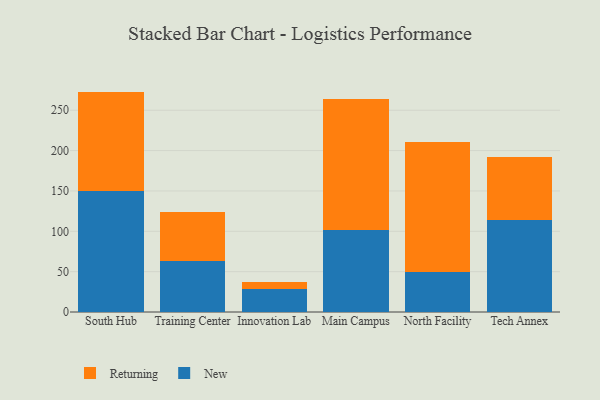
{"axis": {"x": "Campus", "y": "Gross Profit (USD K)"}, "legend": ["New", "Returning"], "data": [{"x": "South Hub", "y": 150.1, "type": "New"}, {"x": "South Hub", "y": 123.0, "type": "Returning"}, {"x": "Training Center", "y": 63.6, "type": "New"}, {"x": "Training Center", "y": 60.9, "type": "Returning"}, {"x": "Innovation Lab", "y": 28.5, "type": "New"}, {"x": "Innovation Lab", "y": 8.9, "type": "Returning"}, {"x": "Main Campus", "y": 101.8, "type": "New"}, {"x": "Main Campus", "y": 162.6, "type": "Returning"}, {"x": "North Facility", "y": 49.4, "type": "New"}, {"x": "North Facility", "y": 161.6, "type": "Returning"}, {"x": "Tech Annex", "y": 113.4, "type": "New"}, {"x": "Tech Annex", "y": 78.8, "type": "Returning"}]}